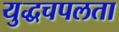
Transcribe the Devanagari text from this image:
युद्धचपलता